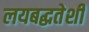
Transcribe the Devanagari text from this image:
लयबद्धतेशी